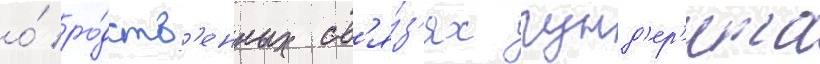
о́ ро́дств'енных св'я́з'ях гунд'ер'ита